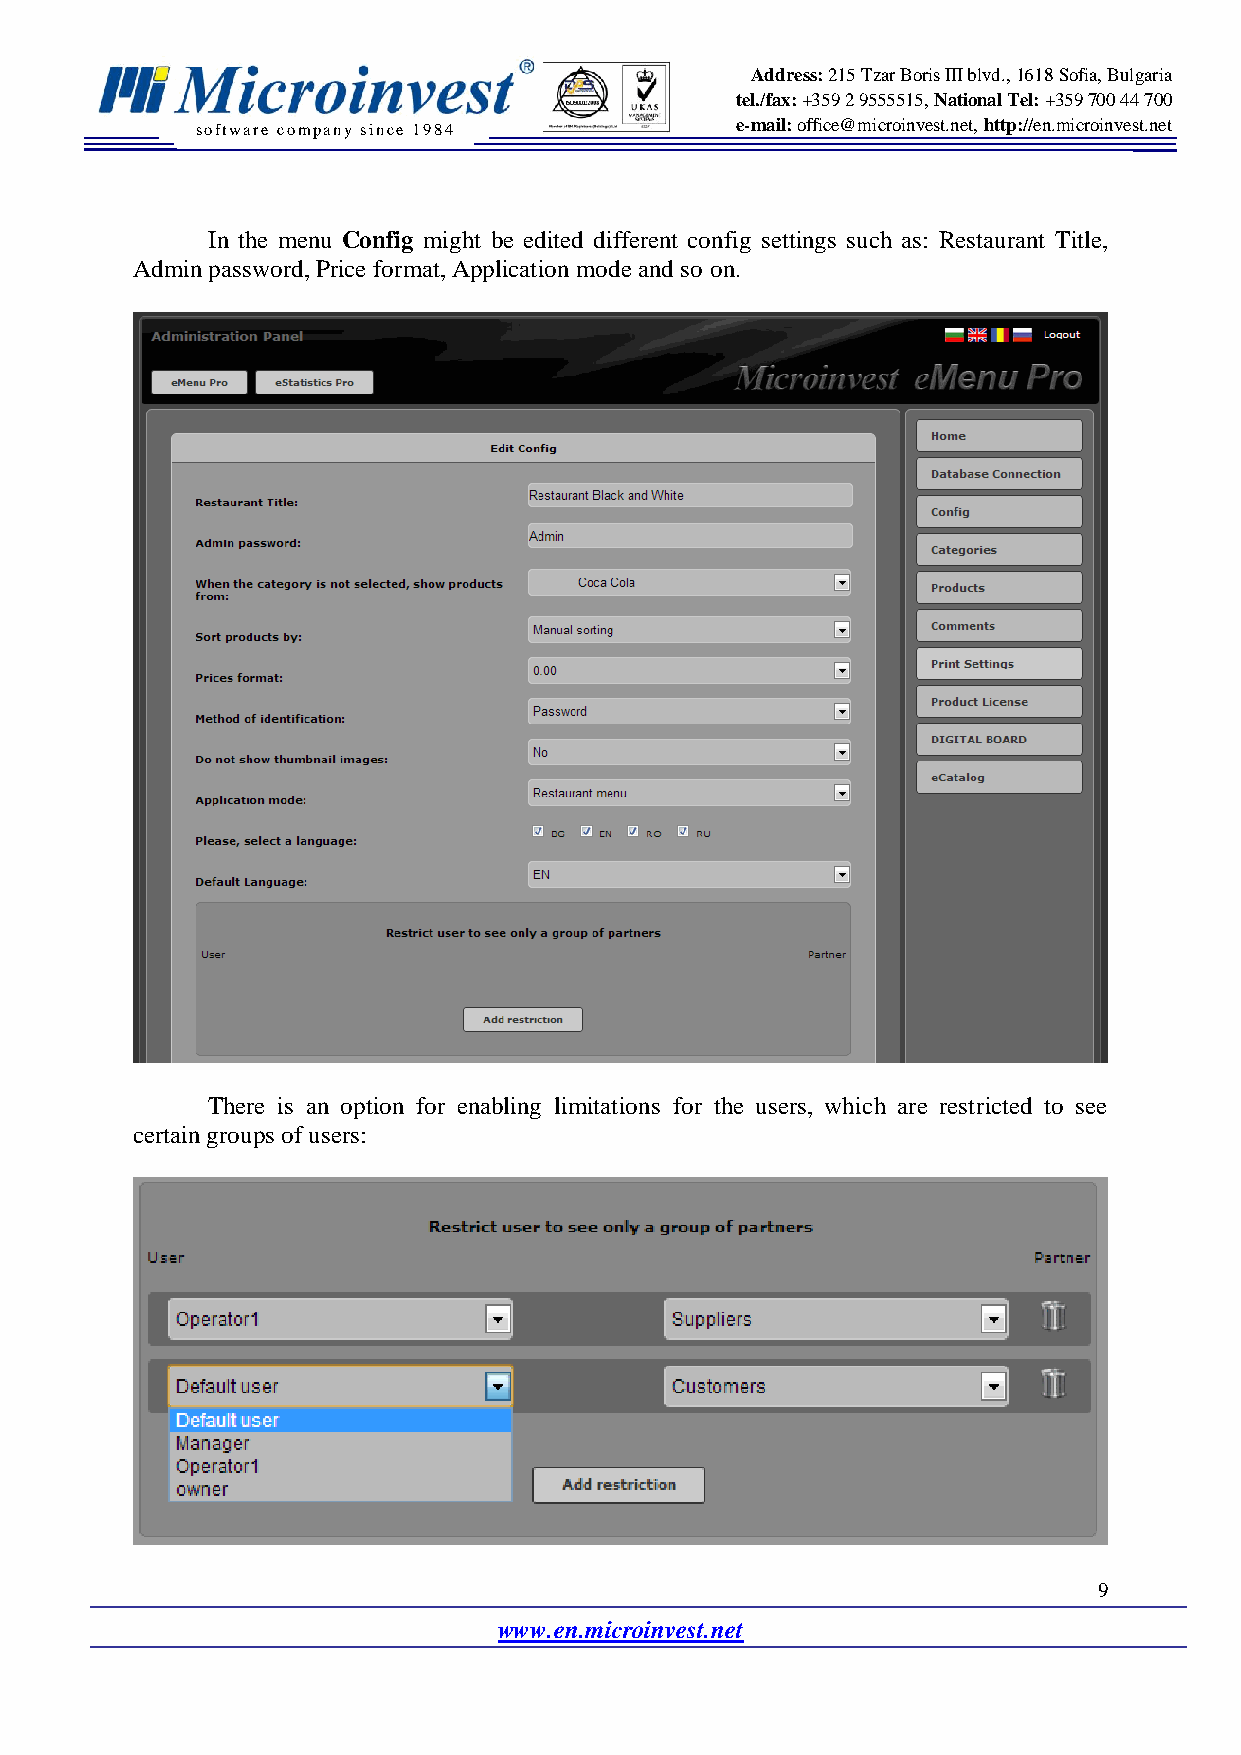
Address: 215 Tzar Boris III blvd., 1618 Sofia, Bulgaria
 tel./fax: +359 2 9555515, National Tel: +359 700 44 700
 software company since 19 84        e-mail: office@microinvest.net, http://en.microinvest.net
 In the menu Config might be edited different config settings such as: Restaurant Title,
 Admin password, Price format, Application mode and so on.
 There is an option for enabling limitations for the users, which are restricted to see
 certain groups of users:
 9
 www.en.microinvest.net